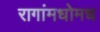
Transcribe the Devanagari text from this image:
रागांमधोमध